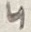
Text: 4